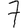
Digit: 7